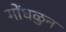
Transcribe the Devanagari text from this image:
गोंधळुन